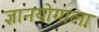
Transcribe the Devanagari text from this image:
ज्ञानयोगाला